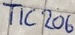
Text: TIC206